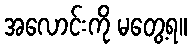
အလောင်းကို မတွေ့ရ။